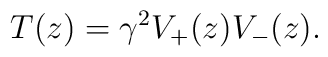
T(z)=\gamma^2V_+(z)V_-(z).